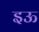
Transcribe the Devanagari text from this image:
इऊ